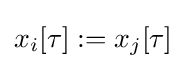
x_{i}[\tau ]:=x_{j}[\tau ]